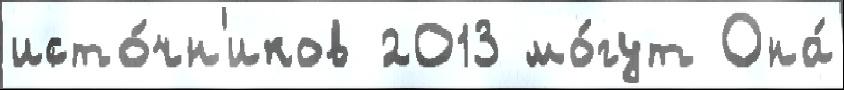
исто́чн'иков 2013 мо́гут Она́